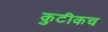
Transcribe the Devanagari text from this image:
कुटीकच